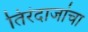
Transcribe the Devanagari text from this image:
तिरंदाजांचा